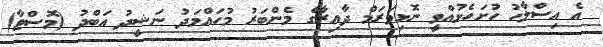
އެ އިސްލާހު ހުށަހެޅުއްވީ ނޮޅިވަރަމް ދާއިރާގެ މެންބަރު މުހައްމަދު ނަޝީދު އަބްދު (މޮސްޓާ)